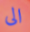
الى